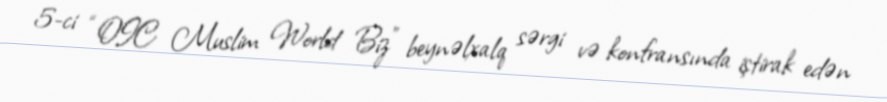
5-ci “OIC Muslim World Biz” beynəlxalq sərgi və konfransında iştirak edən